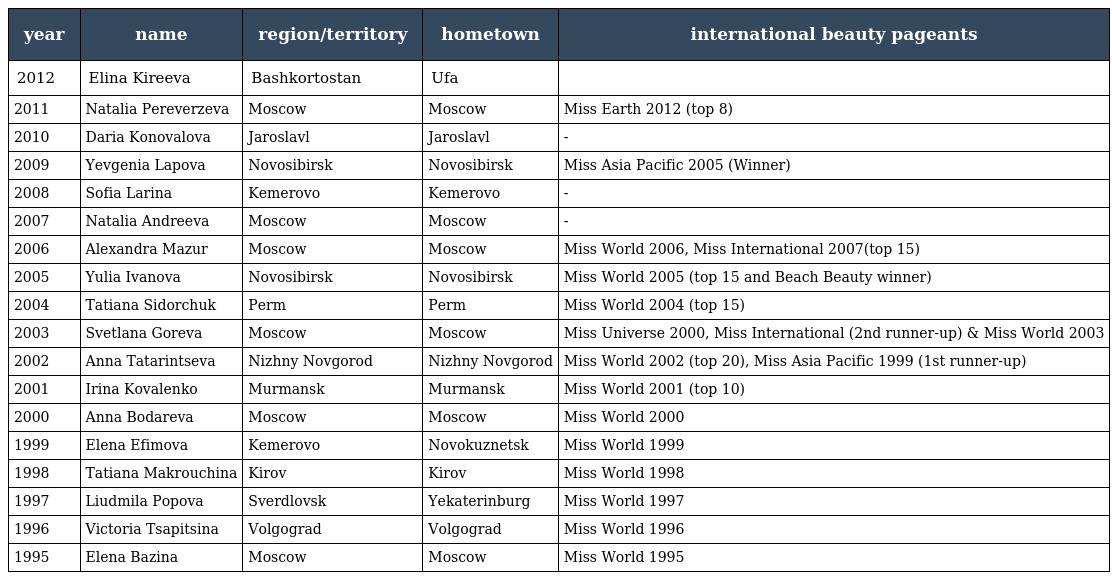
| year | name | region/territory | hometown | international beauty pageants |
 | --- | --- | --- | --- | --- |
 | 2012 | Elina Kireeva | Bashkortostan | Ufa |  |
 | 2011 | Natalia Pereverzeva | Moscow | Moscow | Miss Earth 2012 (top 8) |
 | 2010 | Daria Konovalova | Jaroslavl | Jaroslavl | - |
 | 2009 | Yevgenia Lapova | Novosibirsk | Novosibirsk | Miss Asia Pacific 2005 (Winner) |
 | 2008 | Sofia Larina | Kemerovo | Kemerovo | - |
 | 2007 | Natalia Andreeva | Moscow | Moscow | - |
 | 2006 | Alexandra Mazur | Moscow | Moscow | Miss World 2006, Miss International 2007(top 15) |
 | 2005 | Yulia Ivanova | Novosibirsk | Novosibirsk | Miss World 2005 (top 15 and Beach Beauty winner) |
 | 2004 | Tatiana Sidorchuk | Perm | Perm | Miss World 2004 (top 15) |
 | 2003 | Svetlana Goreva | Moscow | Moscow | Miss Universe 2000, Miss International (2nd runner-up) & Miss World 2003 |
 | 2002 | Anna Tatarintseva | Nizhny Novgorod | Nizhny Novgorod | Miss World 2002 (top 20), Miss Asia Pacific 1999 (1st runner-up) |
 | 2001 | Irina Kovalenko | Murmansk | Murmansk | Miss World 2001 (top 10) |
 | 2000 | Anna Bodareva | Moscow | Moscow | Miss World 2000 |
 | 1999 | Elena Efimova | Kemerovo | Novokuznetsk | Miss World 1999 |
 | 1998 | Tatiana Makrouchina | Kirov | Kirov | Miss World 1998 |
 | 1997 | Liudmila Popova | Sverdlovsk | Yekaterinburg | Miss World 1997 |
 | 1996 | Victoria Tsapitsina | Volgograd | Volgograd | Miss World 1996 |
 | 1995 | Elena Bazina | Moscow | Moscow | Miss World 1995 |